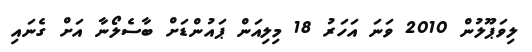
ލިވަޕޫލުން 2010 ވަނަ އަހަރު 18 މިލިއަން ޕައުންޑަށް ބާސެލޯނާ އަށް ގެނައި